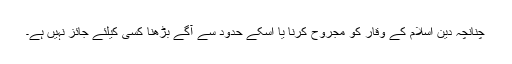
چنانچہ دین اسلام کے وقار کو مجروح کرنا یا اسکے حدود سے آگے بڑھنا کسى کیلئے جائز نہیں ہے۔